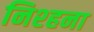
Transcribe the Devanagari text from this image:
निश्हना